Lunatic asylums Central Provinces reports 1886-1894 - 1886-1894
Year: 1886
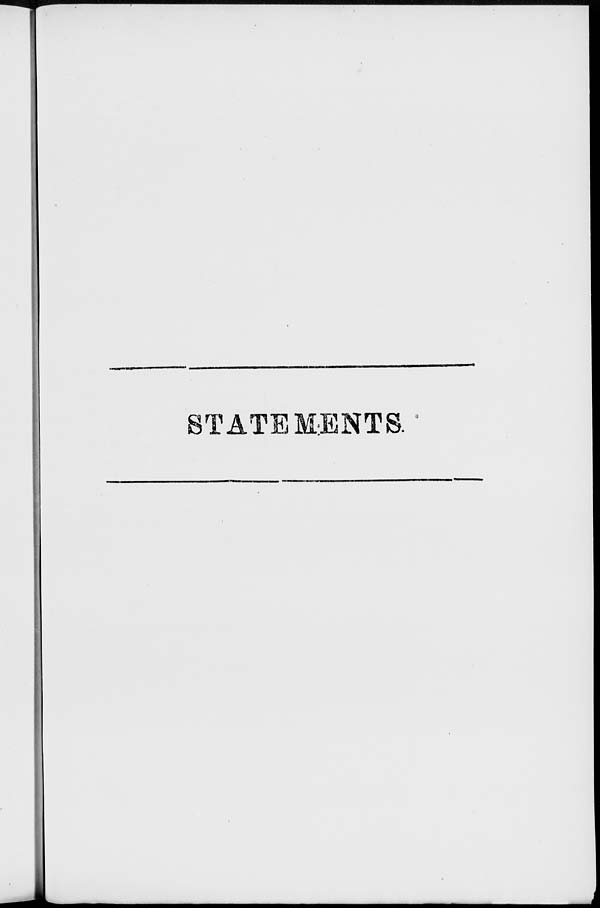
STATEMENTS.